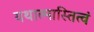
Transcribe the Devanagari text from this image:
यथात्मास्तित्वं